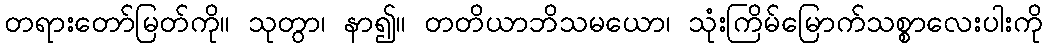
တရားတော်မြတ်ကို။ သုတွာ၊ နာ၍။ တတိယာဘိသမယော၊ သုံးကြိမ်မြောက်သစ္စာလေးပါးကို